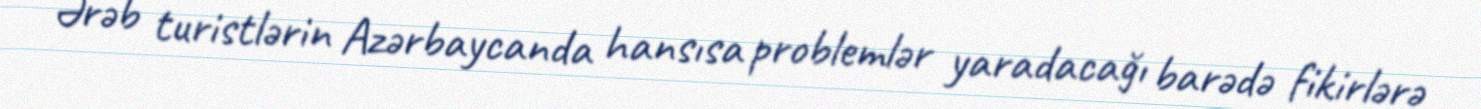
Ərəb turistlərin Azərbaycanda hansısa problemlər yaradacağı barədə fikirlərə